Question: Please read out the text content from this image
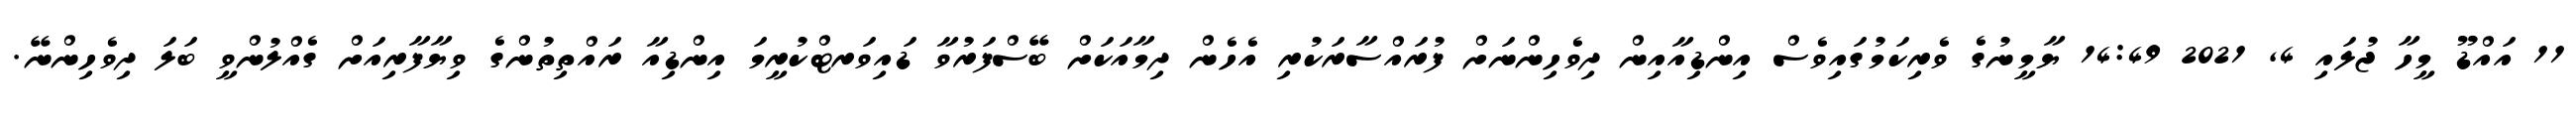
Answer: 11 އައްޑޫ މީހާ ޖުލައި 4, 2021 14:49 ޔާމީނުގެ ވެރިކަމުގައިވެސް އިންޑިއާއިން ދިވެހިންނަށް ފުރައްސާރަކުރި އެހެން ދިމާއަކަށް ބޭސްފަރުވާ ޑައިވަރޓްކުރީމަ އިންޑިއާ ރައްތިތުންގެ ވިޔާފާރިއަށް ގެއްލުންވީ ބަލަ ދިވެހިންނޭ.